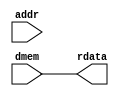
module ReadSelect
(
	addr,
	dmem,
	rdata
);
	input [31:0]addr;
	input [31:0]dmem;
	output [31:0]rdata;

    assign rdata = dmem;
endmodule